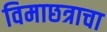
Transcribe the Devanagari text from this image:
विमाछत्राचा